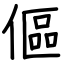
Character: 傴